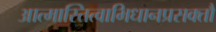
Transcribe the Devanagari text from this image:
आत्मास्तित्वाभिधानप्रसक्तौ